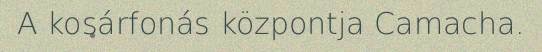
A kosárfonás központja Camacha.